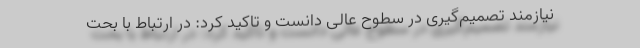
نیازمند تصمیم‌گیری در سطوح عالی دانست و تاکید کرد: در ارتباط با بحت